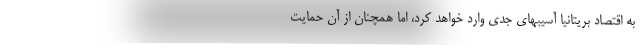
به اقتصاد بریتانیا آسیبهای جدی وارد خواهد کرد، اما همچنان از آن حمایت